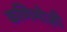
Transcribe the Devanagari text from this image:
कणिमोज़ी